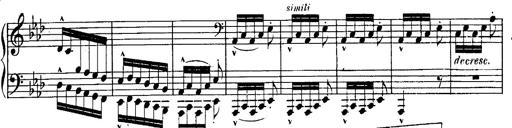
Title: Schubert's Impromptus [revised and edited by Franz Liszt]
Composer: Franz Liszt